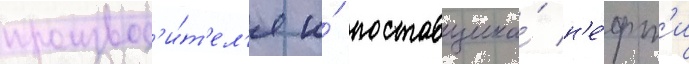
производ'и́т'ел'я и́ поставщика́ н'е́фт'и